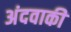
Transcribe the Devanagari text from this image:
अंदवाकी